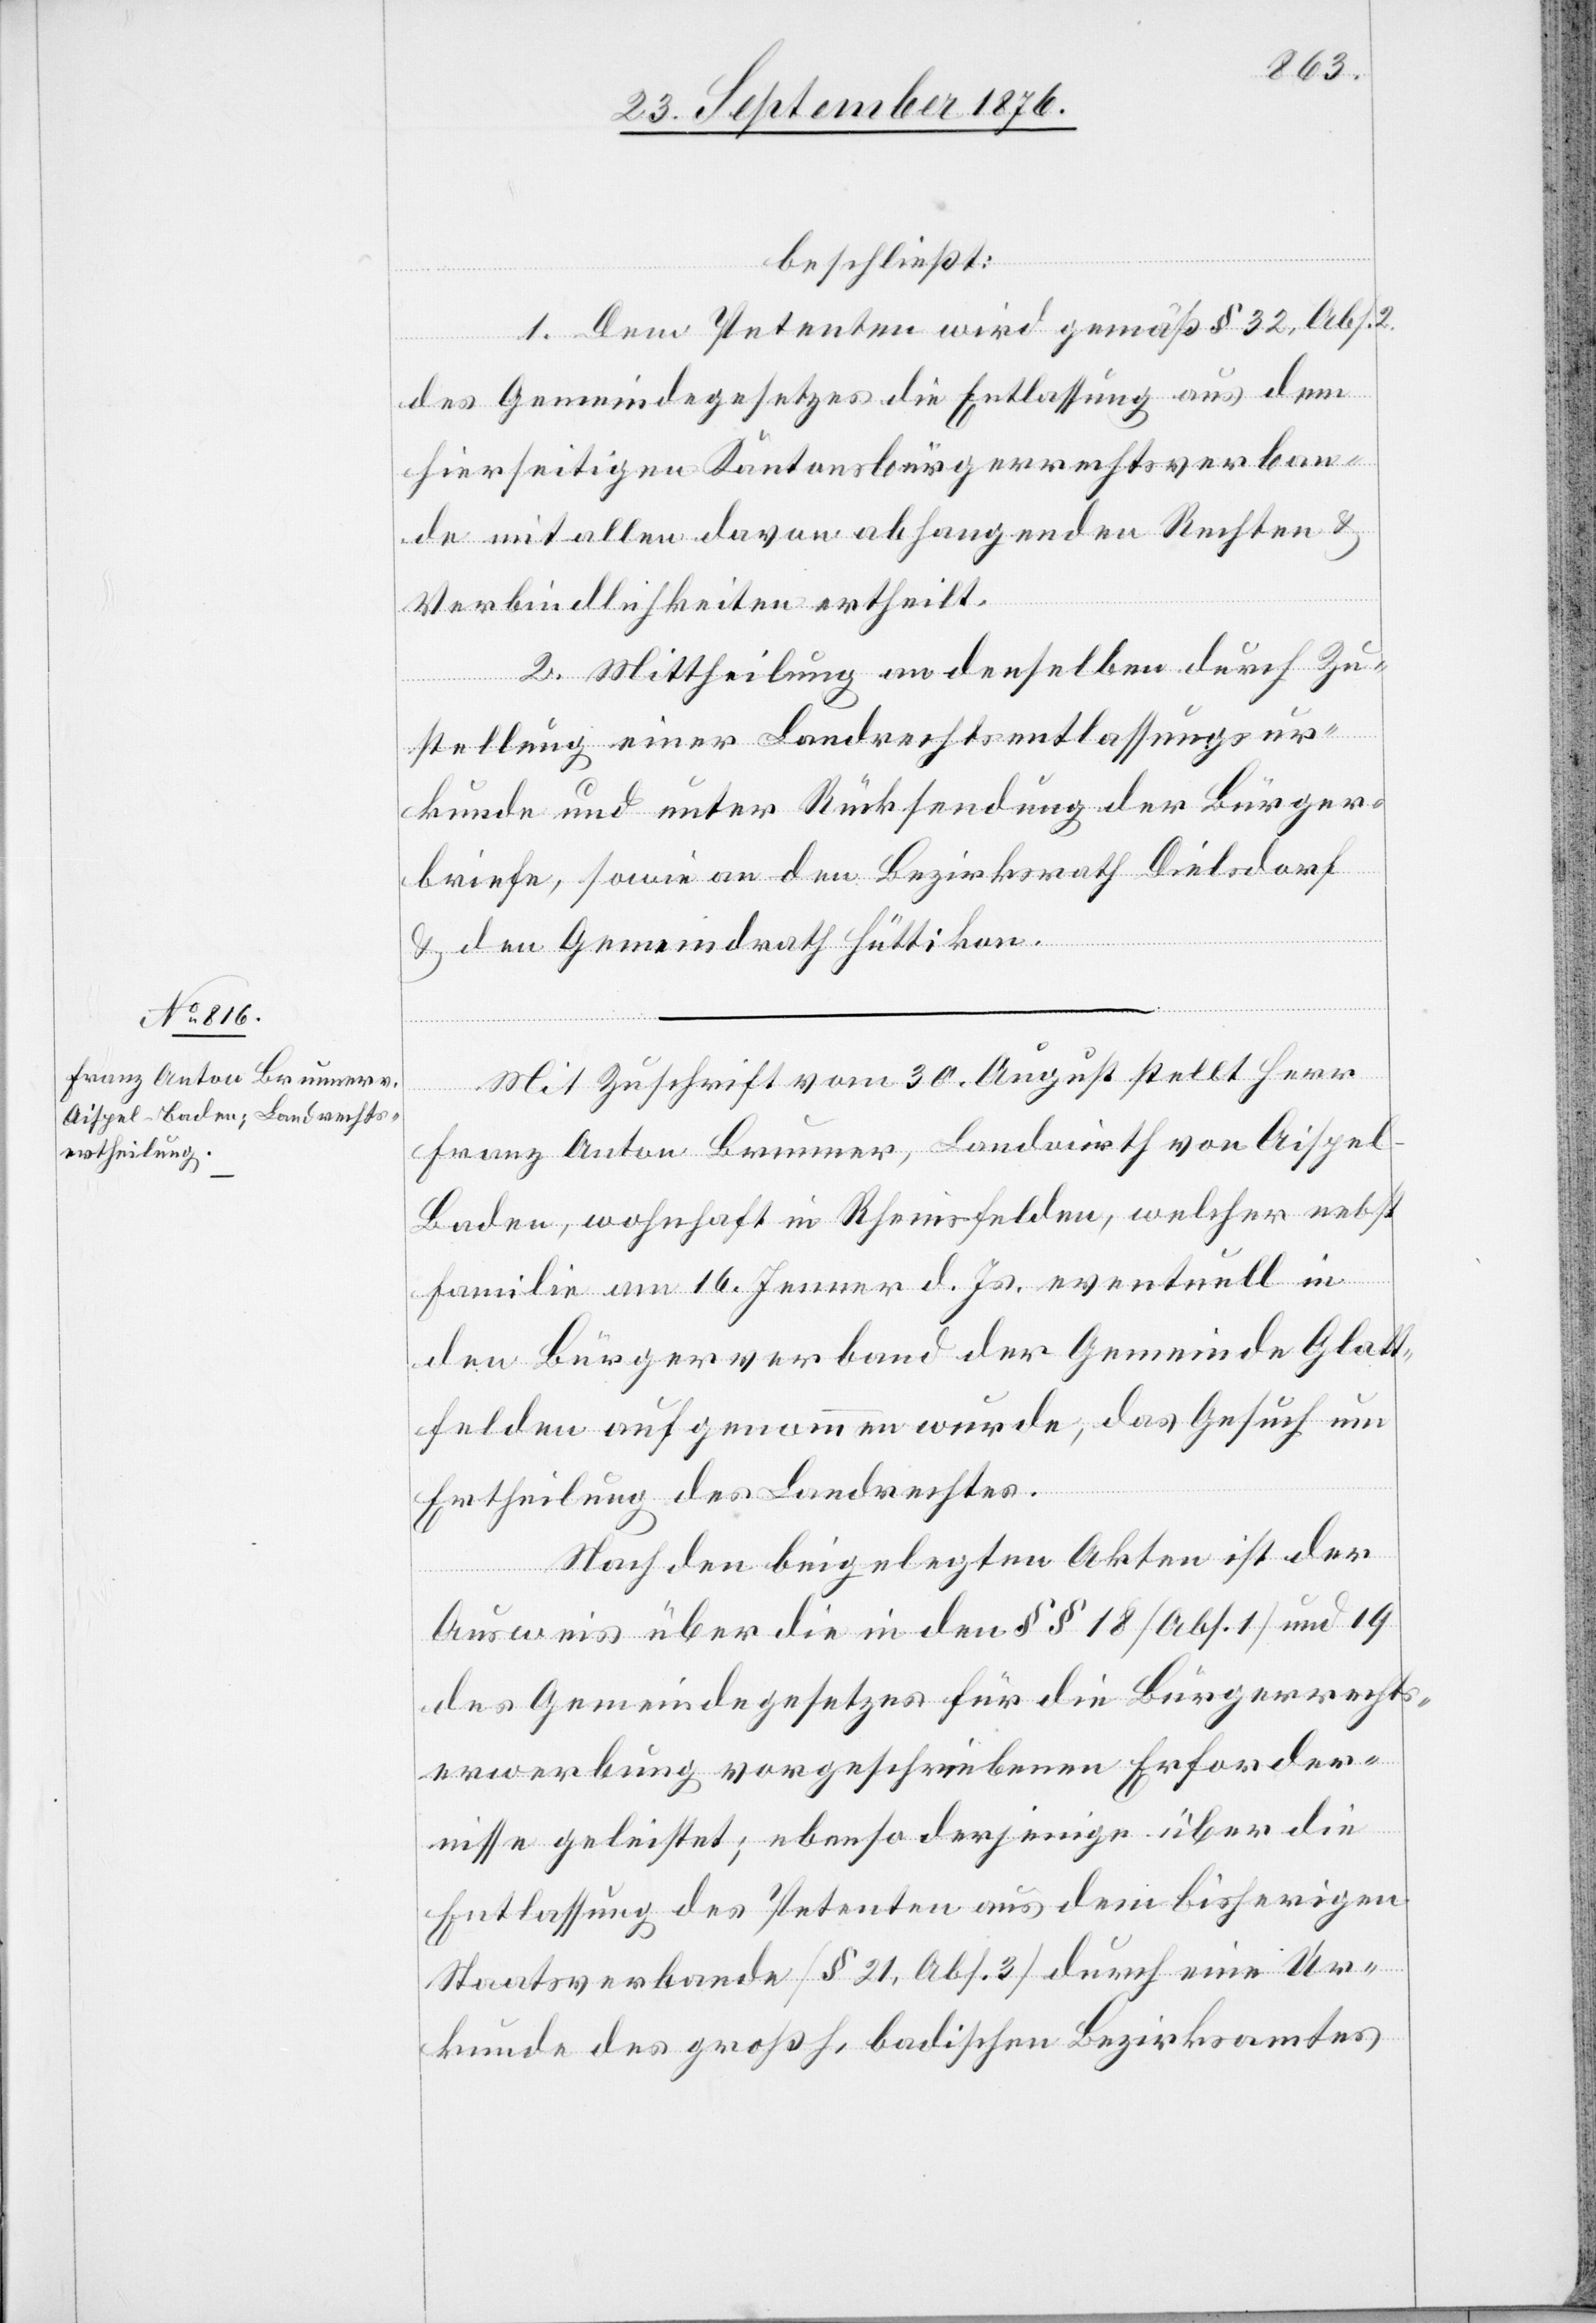
beschließt:
1. Dem Petenten wird gemäß § 32 Abs.
des Gemeindegesetzes die Entlassung aus dem
hierseitigen Kantonsbürgerrechtsverban¬
de mit allen davon abhangenden Rechten &
Verbindlichkeiten ertheilt.
2. Mittheilung an denselben durch Zu¬
stellung einer Landrechtsentlassungsur¬
kunde und unter Rücksendung der Bürger¬
briefe, sowie an den Bezirksrath Dielsdorf
& den Gemeindrath Hüttikon.